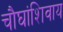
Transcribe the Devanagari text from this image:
चौघांशिवाय